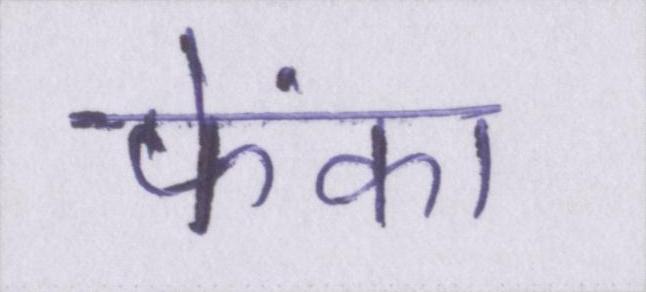
फेंका